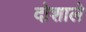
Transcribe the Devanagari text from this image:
दोशाले